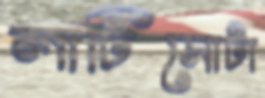
লাটিসোটা